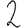
Digit: 2